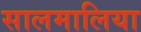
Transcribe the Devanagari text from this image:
सालमालिया